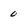
Character: 0